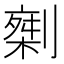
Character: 𠟇